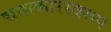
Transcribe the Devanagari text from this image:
चमत्‍कारस्‍वरूप